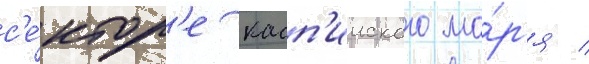
с'е́ктор'е касп'ииского мо́р'я /